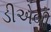
ડીએબી